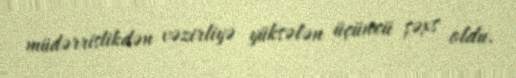
müdərrislikdən vəzirliyə yüksələn üçüncü şəxs oldu.